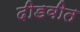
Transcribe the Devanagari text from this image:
दीडवीत